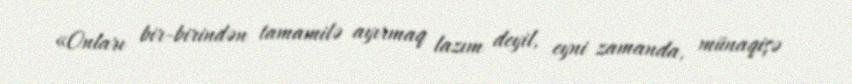
«Onları bir-birindən tamamilə ayırmaq lazım deyil, eyni zamanda, münaqişə